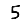
Digit: 5